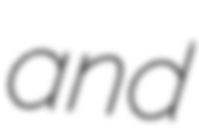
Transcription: and